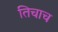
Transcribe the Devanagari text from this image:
तिचाच